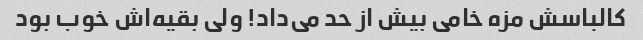
کالباسش مزه خامی بیش از حد می‌داد! ولی بقیه‌اش خوب بود